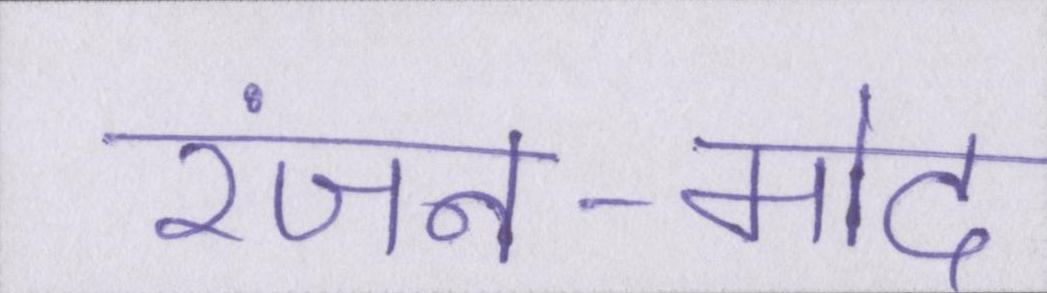
रंजन-मोद